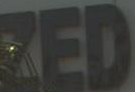
RED